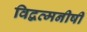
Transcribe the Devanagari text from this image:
विद्वत्मनीषी